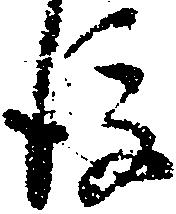
後